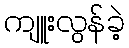
ကျူးလွန်ခဲ့